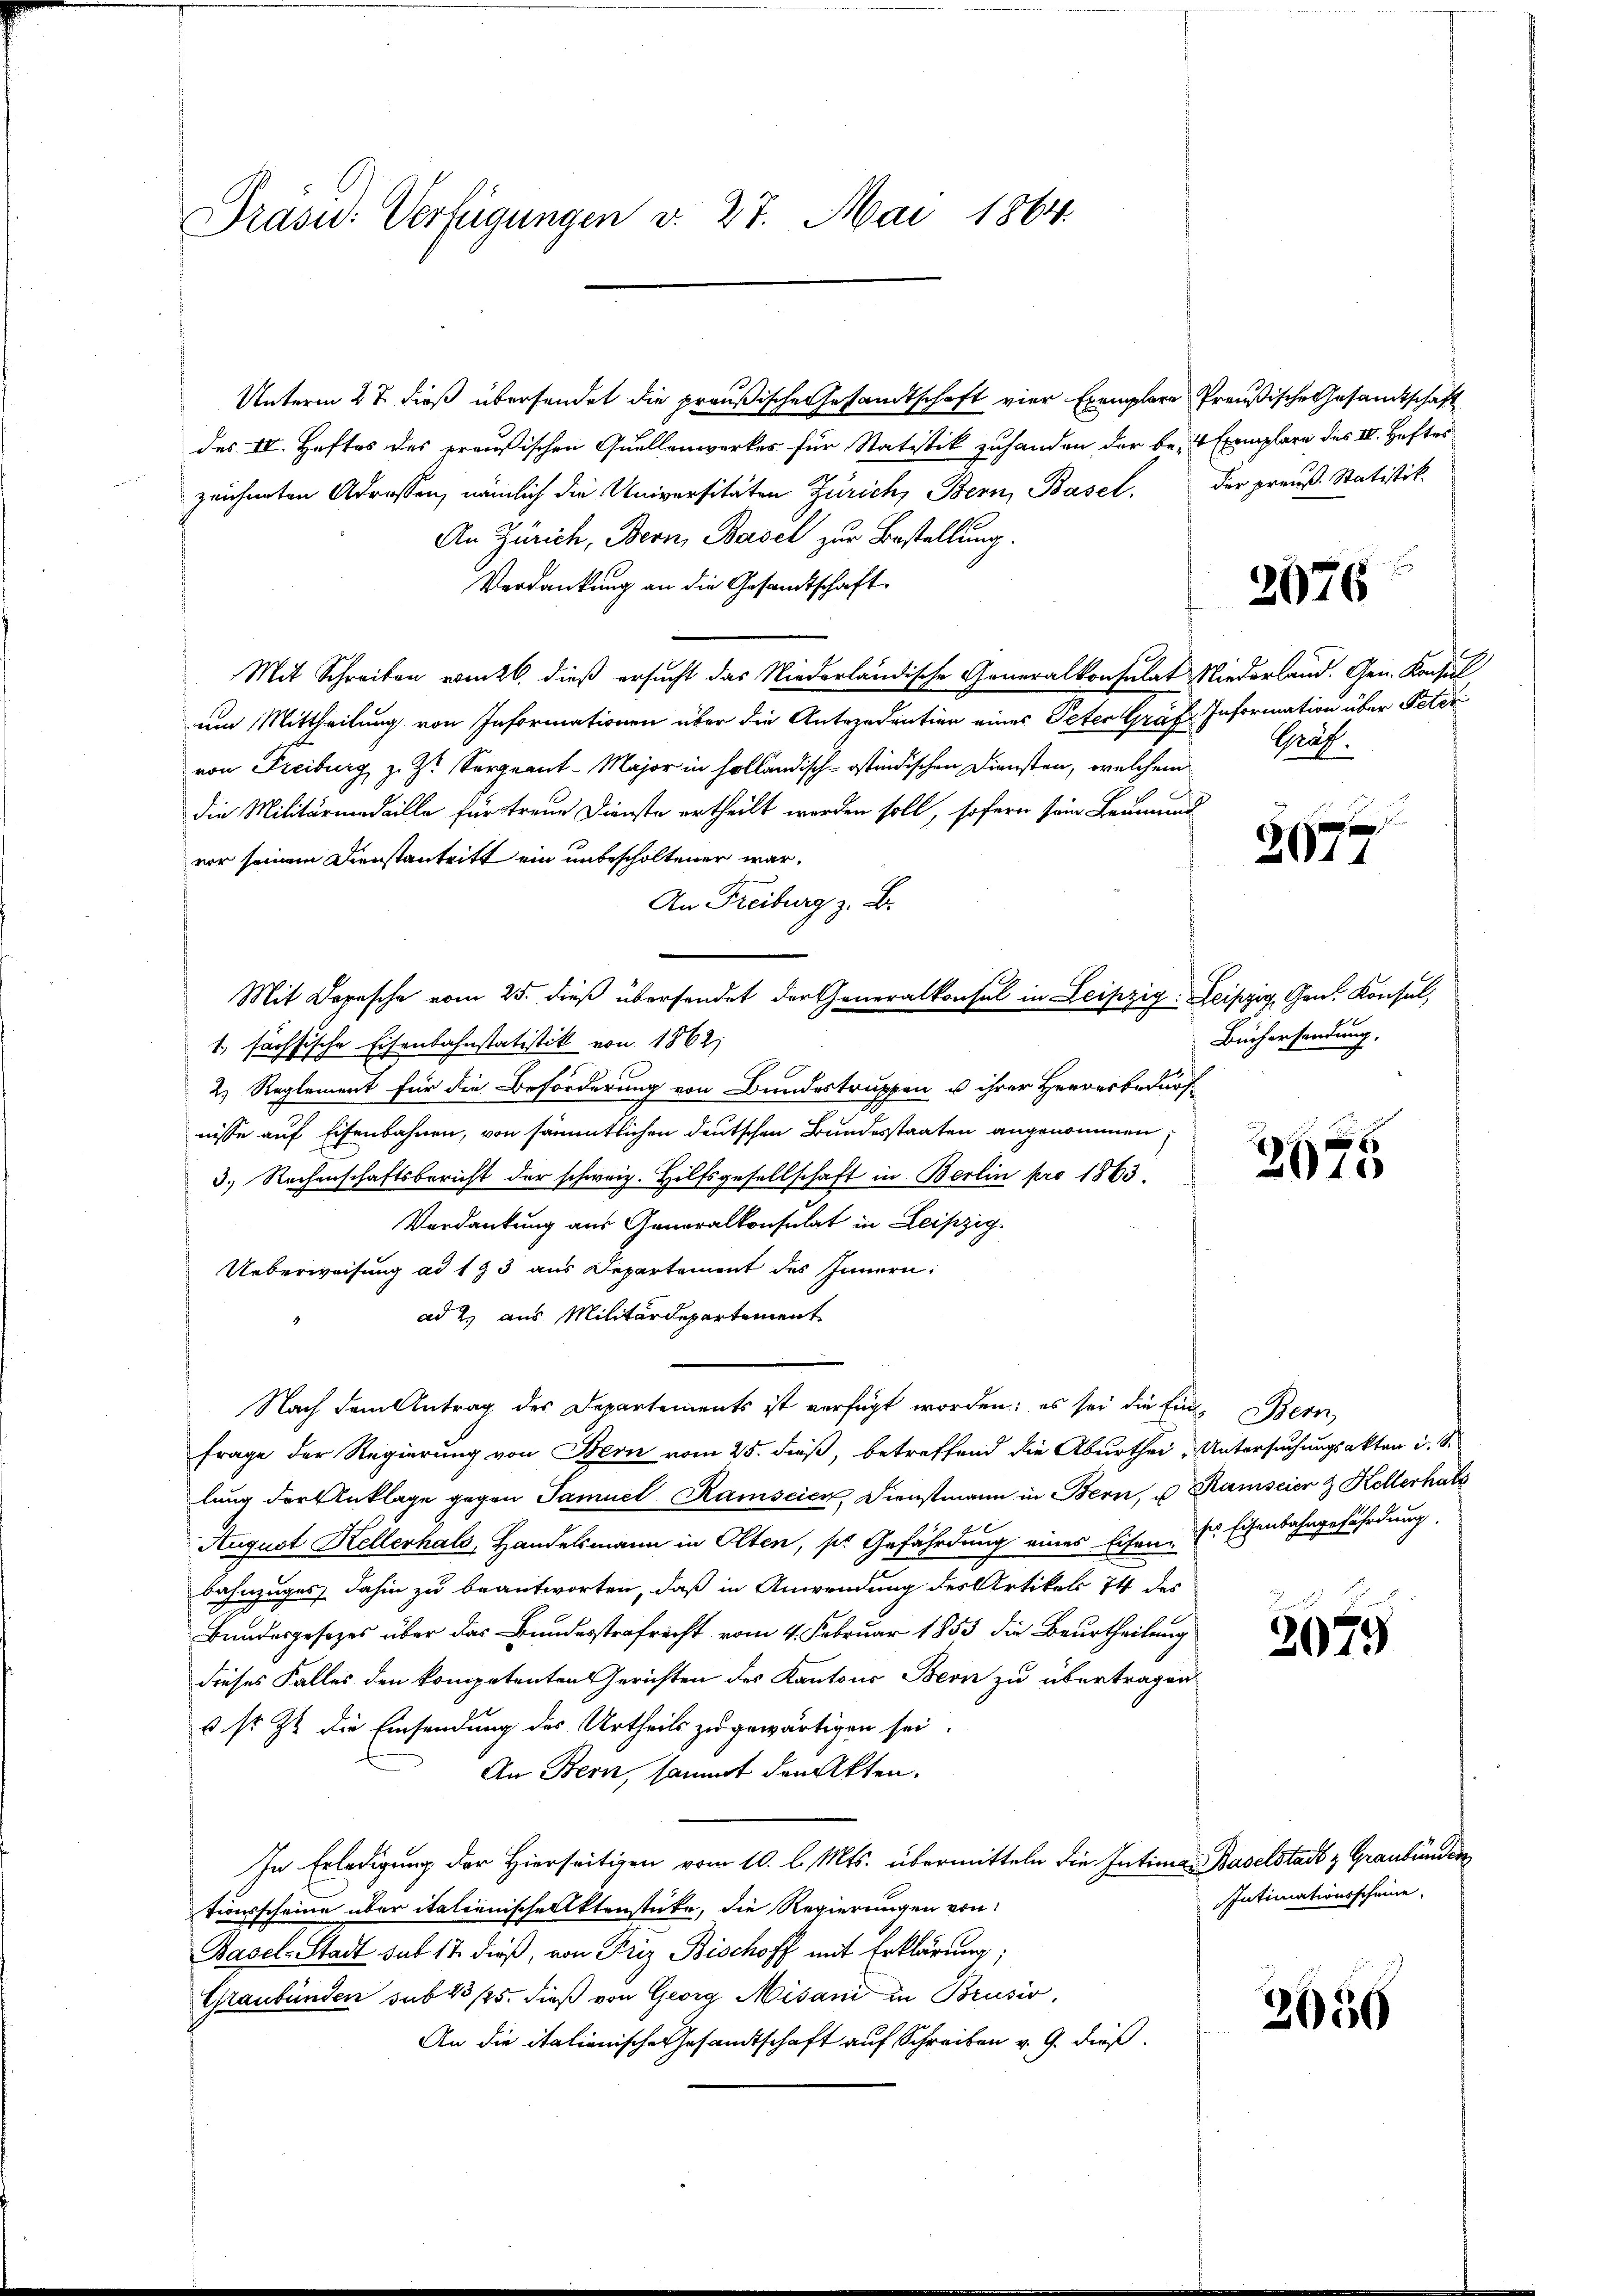
Präsid.: Verfügungen v. 27. Mai 1864.

Unterm 27. dieß übersendet die preußische Gesandtschaft vier Exemplare Preußische Gesandtschaft
des IV. Heftes des preußischen Quellenwerkes für Statistik zuhanden der be- 4 Exemplare des IV. Heftes
zeichneten Adressen, nämlich die Universitäten Zürich, Bern, Basel.
An Zürich, Bern, Basel zur Bestellung.
Verdankung an die Gesandtschaft
Mit Schreiben vom 26. dieß ersucht das Niederländische Generalkonsulat Niederland. Gen. Konsul
um Mittheilung von Informationen über die Antezudentier eines Peter Graf
von Freiburg, z. Zt. Sergeant-Major in holländisch-ostindischen Diensten, welchem
die Militärmedaille für treue Dienste ertheilt werden soll, sofern sein Leumund
vor seinem Dienstantritt ein unbescholtener war.
An Freiburg z. B.
Mit Depesche vom 25. dieß übersendet der Generalkonsul in Leipzig. Leipzig, Gen. Konsul,
1. sächsische Eisenbahnstatistik von 1862;
2. Reglement für die Beförderung von Bundestruppen u ihrer Herrnsbedürf-
nisse auf Eisenbahnen, von sämmtlichen deutschen Bundesstaaten angenommen,
3. Rechenschaftsbericht der schweiz. Hilfsgesellschaft in Berlin pro 1863.
Verdankung aus Generalkonsulat in Leipzig.
Ueberweisung ad 133 aus Departement des Innern:
ad 2. aus Militärdepartement
Nach dem Antrag des Departements ist verfügt worden; es sei die Ein Bern,
Frage der Regierung von Bern vom 25. dieß, betreffend die Aburthei-Untersuchungsakten i. S.
lung der Anklage gegen Samuel Ramseien, Dienstmann in Bern, u. Ramseier & Kellerhal
August Kellerhals, Handelsmann in Olten, sie Gefährdung eines Eisen. E. Eisenbahngefährdung.
Bahnzuges dahin zu beantworten, daß in Anwendung des Artikel 74 des
Bundesgesezes über das Bundesstrafrecht vom 4. Februar 1853 die Beurtheilung
dieses Falles den kompetenten Gerichten des Kantons Bern zu übertragen
v so Zu die Einsendung des Urtheils zu gewärtigen sei.
An Bern, sammt der Akten.
In Erledigung der Hierseitigen vom 10. l. Mts. übermitteln die Intime Baselstadt & Graubünde
tionsscheine über italienische Aktenstücke, die Regierungen von
Basel-Stadt sub 17 dieß, von Friz Bischoff mit Erklärung;
Graubünden sub 25/25. dieß von Georg Misani in Brusio,
An die italienische Gesandtschaft auf Schreiben v. G. dieß¬

der preuß. Statistik.

2076

Information über Peter
Graf.

2677

Büchersendung.

2675

2079

Intimationsscheine

2050